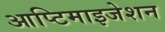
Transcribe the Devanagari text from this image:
आप्टिमाइजेशन